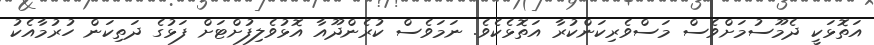
އަތޮޅަކީ ދެމޫސުމަށްވެސް މަސްވެރިކަންކުރާ އަތޮޅެކެވެ. ނަމަވެސް ކުރެންދޫއާ އޮޅުވެލިފުށްޓަށް ފަޅުގެ ދަތިކަން ހުރުމާއެކު